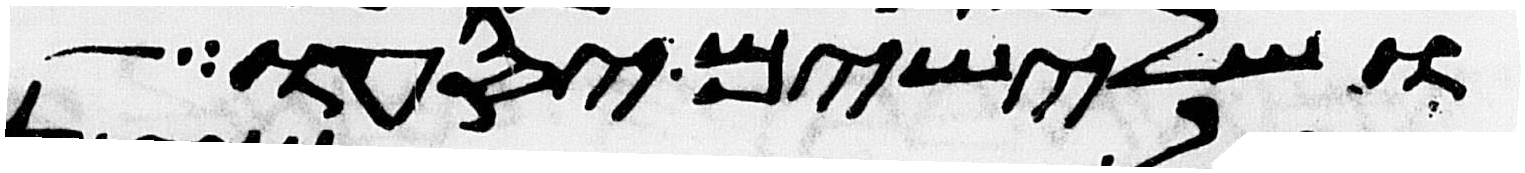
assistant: ושלישים יסעו